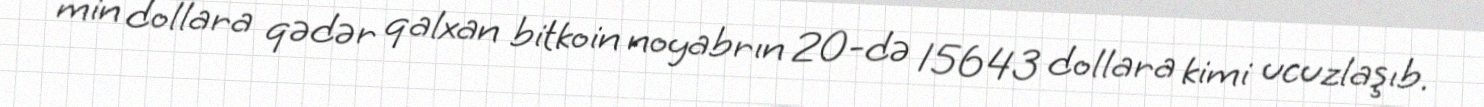
min dollara qədər qalxan bitkoin noyabrın 20-də 15643 dollara kimi ucuzlaşıb.